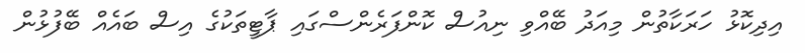
އިދިކޮޅު ހަރަކާތުން މިއަދު ބޭއްވި ނިއުސް ކޮންފަރެންސްގައި ޕާޓީތަކުގެ އިސް ބައެއް ބޭފުޅުން